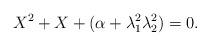
LaTeX: \begin{align*} X^2 + X + (\alpha + \lambda_1^2 \lambda_2^2) = 0 .\end{align*}